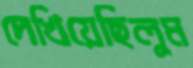
দেখিয়েছিলুম